Plague in India, 1896, 1897 - Volume 3
Year: 1896
Disease focus: Plague
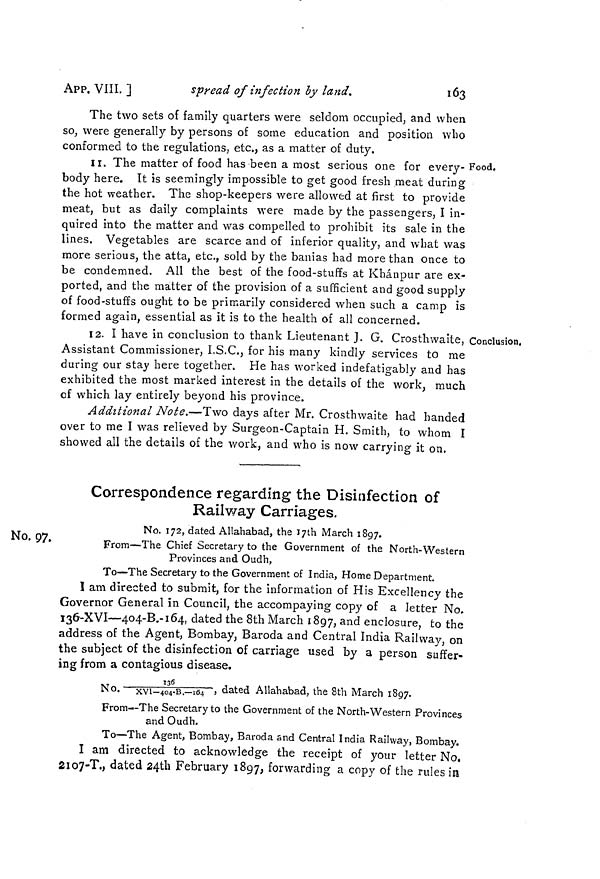
APP. VIII. ]
spread of infection by land.
163
The two sets of family quarters were seldom occupied, and when
so, were generally by persons of some education and position who
conformed to the regulations, etc., as a matter of duty.
Food.
II. The matter of food has been a most serious one for every-
body here. It is seemingly impossible to get good fresh meat during
the hot weather. The shop-keepers were allowed at first to provide
meat, but as daily complaints were made by the passengers, I in-
quired into the matter and was compelled to prohibit its sale in the
lines. Vegetables are scarce and of inferior quality, and what was
more serious, the atta, etc., sold by the banias had more than once to
be condemned. All the best of the food-stuffs at Khánpur are ex-
ported, and the matter of the provision of a sufficient and good supply
of food-stuffs ought to be primarily considered when such a camp is
formed again, essential as it is to the health of all concerned.
12. I have in conclusion to thank Lieutenant J. G. Crosthwaite,
Assistant Commissioner, I.S.C., for his many kindly services to me
during our stay here together. He has worked indefatigably and has
exhibited the most marked interest in the details of the work, much
of which lay entirely beyond his province.
Additional Note.—Two days after Mr. Crosthwaite had handed
over to me I was relieved by Surgeon-Captain H. Smith, to whom I
showed all the details of the work, and who is now carrying it on.
Correspondence regarding the Disinfection of
Railway Carriages.
No. 97.
No. 172, dated Allahabad, the 17th March 1897.
From—The Chief Secretary to the Government of the North-Western
Provinces and Oudh,
To—The Secretary to the Government of India, Home Department.
I am directed to submit, for the information of His Excellency the
Governor General in Council, the accompaying copy of a letter No.
136-XVI—404-B.-164, dated the 8th March 1897, and enclosure, to the
address of the Agent, Bombay, Baroda and Central India Railway, on
the subject of the disinfection of carriage used by a person suffer-
ing from a contagious disease.
No. 136/XVI-404-B.-164, dated Allahabad, the 8th March 1897.
From--The Secretary to the Government of the North-Western Provinces
and Oudh.
To—The Agent, Bombay, Baroda and Central India Railway, Bombay.
I am directed to acknowledge the receipt of your letter No,
2I07-T., dated 24th February 1897, forwarding a copy of the rules in